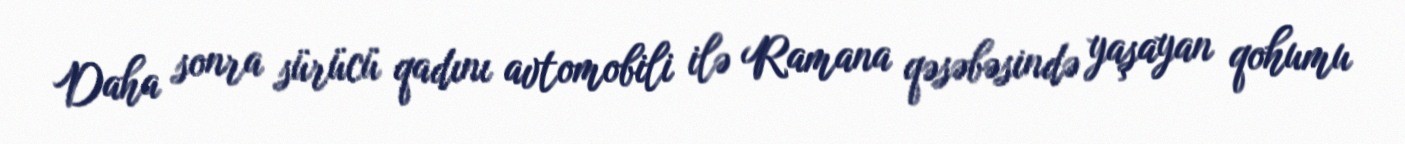
Daha sonra sürücü qadını avtomobili ilə Ramana qəsəbəsində yaşayan qohumu